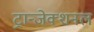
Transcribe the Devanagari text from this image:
ट्रान्जेक्शनल